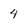
Character: 4